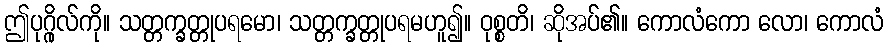
ဤပုဂ္ဂိုလ်ကို။ သတ္တက္ခတ္တုပရမော၊ သတ္တက္ခတ္တုပရမဟူ၍။ ဝုစ္စတိ၊ ဆိုအပ်၏။ ကောလံကော လော၊ ကောလံ